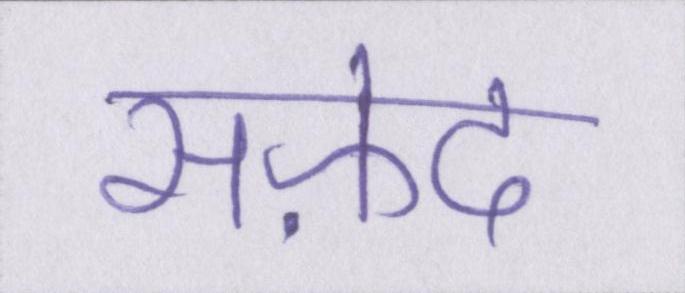
सफ़ेद